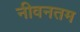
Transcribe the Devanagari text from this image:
नीवनतम